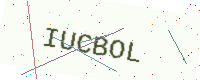
Text: IUCBOL